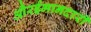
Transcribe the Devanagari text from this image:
औरईमानदारी